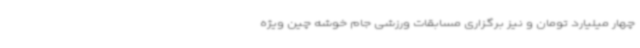
چهار میلیارد تومان و نیز برگزاری مسابقات ورزشی جام خوشه چین ویژه